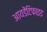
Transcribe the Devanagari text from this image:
आयडेंटिफाइड